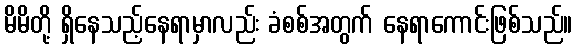
မိမိတို့ ရှိနေသည့်နေရာမှာလည်း ခံစစ်အတွက် နေရာကောင်းဖြစ်သည်။